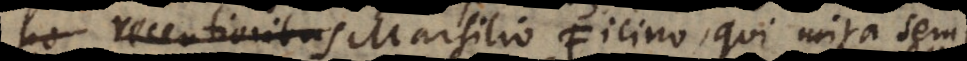
Po recentioribus Marsilio Ficino, qui mira semp